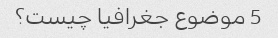
5 موضوع جغرافیا چیست؟